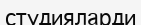
студияларди